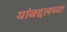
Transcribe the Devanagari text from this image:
यांबद्दलच्या